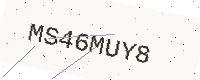
Text: MS46MUY8